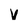
Character: V